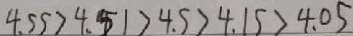
4 . 5 5 > 4 . 5 1 > 4 . 5 > 4 . 1 5 > 4 . 0 5